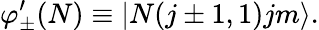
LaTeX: \varphi_{\pm}^{\prime}(N)\equiv\left|N(j\pm 1,1)jm\right\rangle.